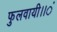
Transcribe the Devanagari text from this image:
फुलवायी।।ं